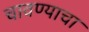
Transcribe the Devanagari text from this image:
चावण्याचा